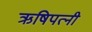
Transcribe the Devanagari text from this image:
ऋषिपत्नी